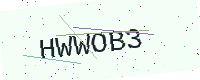
Text: HWWOB3